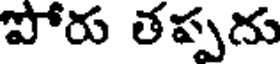
పోరు తప్పదు